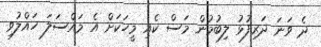
ދެ ވަނަ ދަރިފުޅު ލިބުމުން މަސް ކެއި މީހަކަށް އެ މައްސަލަ ހައްލުވި